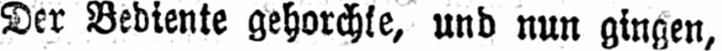
Der Bediente gehorchte, und nun gingen,